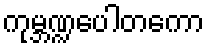
ကုမ္ဘဏ္ဍပေါတကော